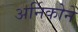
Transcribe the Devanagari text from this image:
अर्निकोने